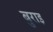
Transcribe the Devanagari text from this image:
बुराइ